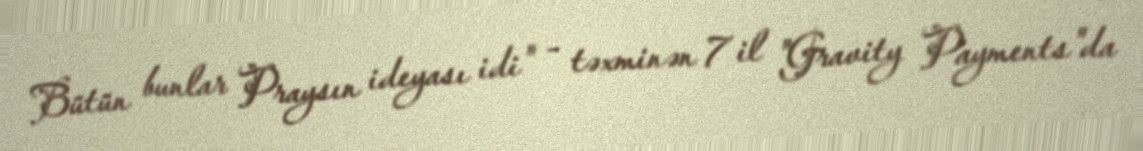
Bütün bunlar Praysın ideyası idi" - təxminən 7 il "Gravity Payments"da